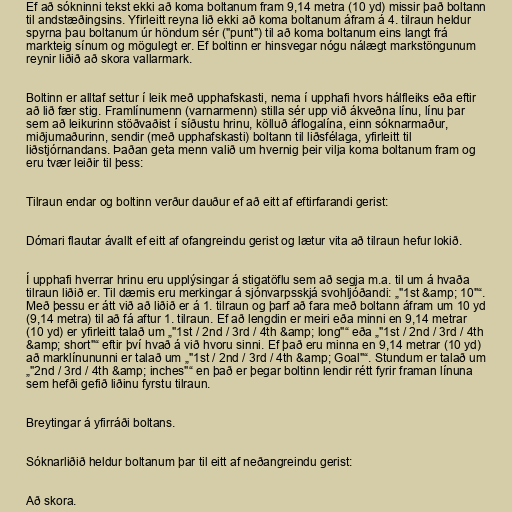
Ef að sókninni tekst ekki að koma boltanum fram 9,14 metra (10 yd) missir það boltann
til andstæðingsins. Yfirleitt reyna lið ekki að koma boltanum áfram á 4. tilraun heldur
spyrna þau boltanum úr höndum sér ("punt") til að koma boltanum eins langt frá
markteig sínum og mögulegt er. Ef boltinn er hinsvegar nógu nálægt markstöngunum
reynir liðið að skora vallarmark.

Boltinn er alltaf settur í leik með upphafskasti, nema í upphafi hvors hálfleiks eða eftir
að lið fær stig. Framlínumenn (varnarmenn) stilla sér upp við ákveðna línu, línu þar
sem að leikurinn stöðvaðist í síðustu hrinu, kölluð áflogalína, einn sóknarmaður,
miðjumaðurinn, sendir (með upphafskasti) boltann til liðsfélaga, yfirleitt til
liðstjórnandans. Þaðan geta menn valið um hvernig þeir vilja koma boltanum fram og
eru tvær leiðir til þess:

Tilraun endar og boltinn verður dauður ef að eitt af eftirfarandi gerist:

Dómari flautar ávallt ef eitt af ofangreindu gerist og lætur vita að tilraun hefur lokið.

Í upphafi hverrar hrinu eru upplýsingar á stigatöflu sem að segja m.a. til um á hvaða
tilraun liðið er. Til dæmis eru merkingar á sjónvarpsskjá svohljóðandi: „"1st &amp; 10"“.
Með þessu er átt við að liðið er á 1. tilraun og þarf að fara með boltann áfram um 10 yd
(9,14 metra) til að fá aftur 1. tilraun. Ef að lengdin er meiri eða minni en 9,14 metrar
(10 yd) er yfirleitt talað um „"1st / 2nd / 3rd / 4th &amp; long"“ eða „"1st / 2nd / 3rd / 4th
&amp; short"“ eftir því hvað á við hvoru sinni. Ef það eru minna en 9,14 metrar (10 yd)
að marklínununni er talað um „"1st / 2nd / 3rd / 4th &amp; Goal"“. Stundum er talað um
„"2nd / 3rd / 4th &amp; inches"“ en það er þegar boltinn lendir rétt fyrir framan línuna
sem hefði gefið liðinu fyrstu tilraun.

Breytingar á yfirráði boltans.

Sóknarliðið heldur boltanum þar til eitt af neðangreindu gerist:

Að skora.